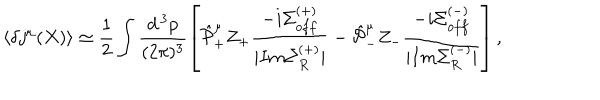
LaTeX: \langle \delta j ^ { \mu } ( X ) \rangle \simeq \frac { 1 } { 2 } \int \frac { d ^ { \, 3 } p } { ( 2 \pi ) ^ { 3 } } \left[ \hat { \cal P } _ { + } ^ { \mu } Z _ { + } \frac { - i \Sigma _ { o f f } ^ { ( + ) } } { | I m \Sigma _ { R } ^ { ( + ) } | } - \hat { \cal P } _ { - } ^ { \mu } Z _ { - } \frac { - i \Sigma _ { o f f } ^ { ( - ) } } { | I m \Sigma _ { R } ^ { ( - ) } | } \right] ,